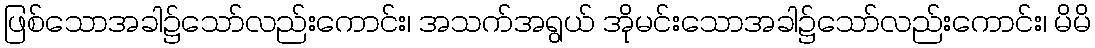
ဖြစ်သောအခါ၌သော်လည်းကောင်း၊ အသက်အရွယ် အိုမင်းသောအခါ၌သော်လည်းကောင်း၊ မိမိ